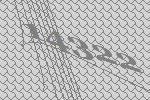
14322